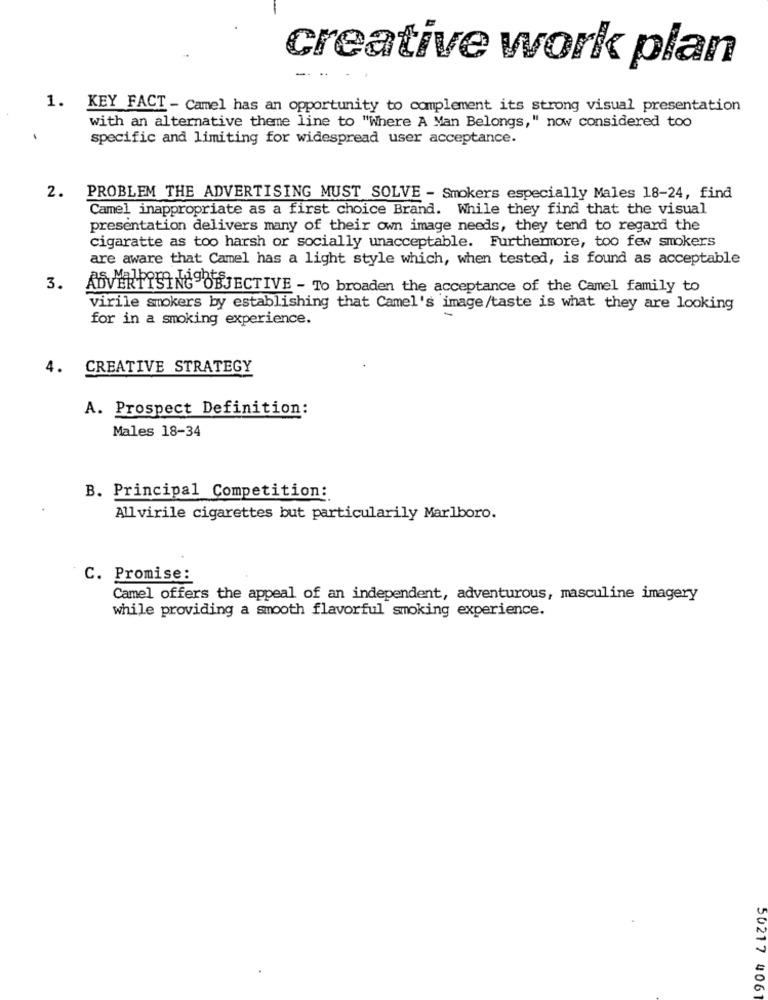
creative work plan
1. KEY FACT - Camel has an opportunity to complement its strong visual presentation
with an alternative theme line to "Where A Man Belongs," now considered too
-
specific and limiting for widespread user acceptance.
2. PROBLEM THE ADVERTISING MUST SOLVE - Smokers especially Males 18-24, find
Camel inappropriate as a first choice Brand. While they find that the visual
presentation delivers many of their own image needs, they tend to regard the
cigaratte as too harsh or socially unacceptable. Furthermore, too few smokers
are aware that Camel has a light style which, when tested, is found as acceptable
3.
ADVERTISING OBJECTIVE - To broaden the acceptance of the Camel family to
virile smokers by establishing that Camel's image/taste is what they are looking
for in a smoking experience.
4.
CREATIVE STRATEGY
A. Prospect Definition:
Males 18-34
B. Principal Competition:
All virile cigarettes but particularily Marlboro.
C. Promise:
Camel offers the appeal of an independent, adventurous, masculine imagery
while providing a smooth flavorful smoking experience.
50217 406